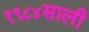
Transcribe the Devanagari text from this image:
१९८४साली